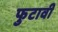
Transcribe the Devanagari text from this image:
फुटावी